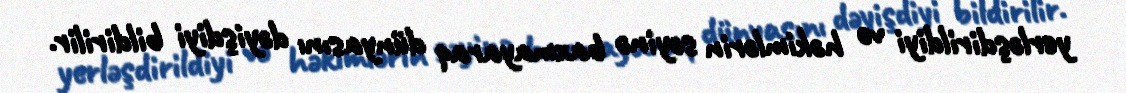
yerləşdirildiyi və həkimlərin səyinə baxmayaraq dünyasını dəyişdiyi bildirilir.